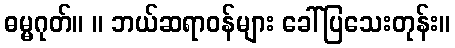
ဓမ္မဂုတ်။ ။ ဘယ်ဆရာဝန်များ ခေါ်ပြသေးတုန်း။